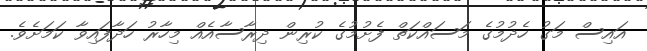
އައިސް މަގު ހެދުމުގެ މަސައްކަތް ފެށުމުގެ ކުރިން ދިރާސާއެއް މިހާރު ހަދާފައިވާ ކަމަށެވެ.